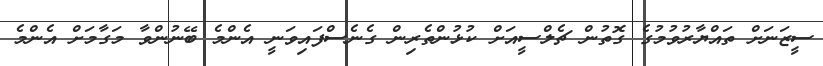
ސީޒަނަށް ތައްޔާރުވުމުގެ ގޮތުން ޗެލްސީއަށް ކުޅުންތެރިން ގެނެސްފައިވަނީ އެންމެ ބޭނުންވާ މަގާމަށް އެންމެ